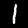
Label: 1